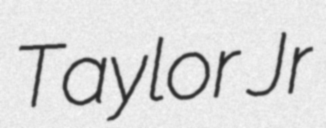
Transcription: Taylor Jr